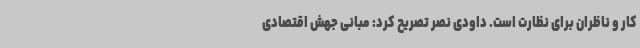
کار و ناظران برای نظارت است. داودی نصر تصریح کرد: مبانی جهش اقتصادی